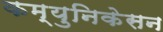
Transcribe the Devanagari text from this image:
कम्युनिकेसन